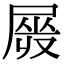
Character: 𡲯